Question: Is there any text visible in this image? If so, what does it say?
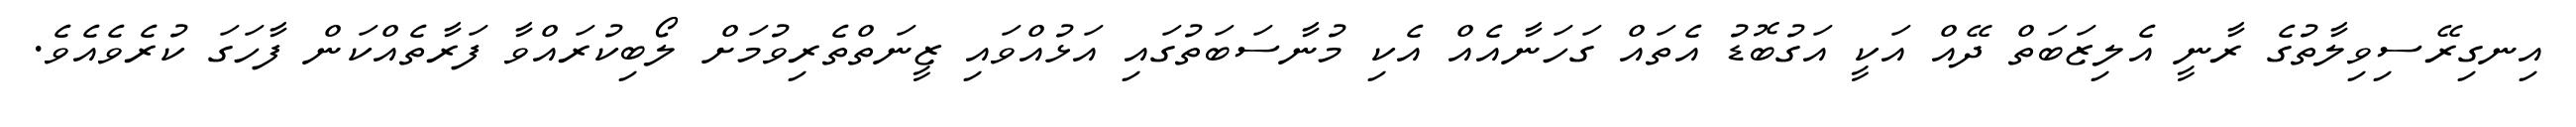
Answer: އިނގިރޭސިވިލާތުގެ ރާނީ އެލިޒަބަތް ދޭއް އަކީ އަގުބޮޑު އެތައް ގަހަނާއެއް އެކި މުނާސަބަތުގައި އަޅުއްވައި ޒީނަތްތެރިވުމަށް ލޯބިކުރައްވާ ފަރާތެއްކަން ފާހަގަ ކުރެވެއެވެ.